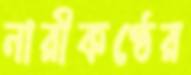
নারীকণ্ঠের